Insane asylums Bombay 1873-77 - 1873-1877
Year: 1873
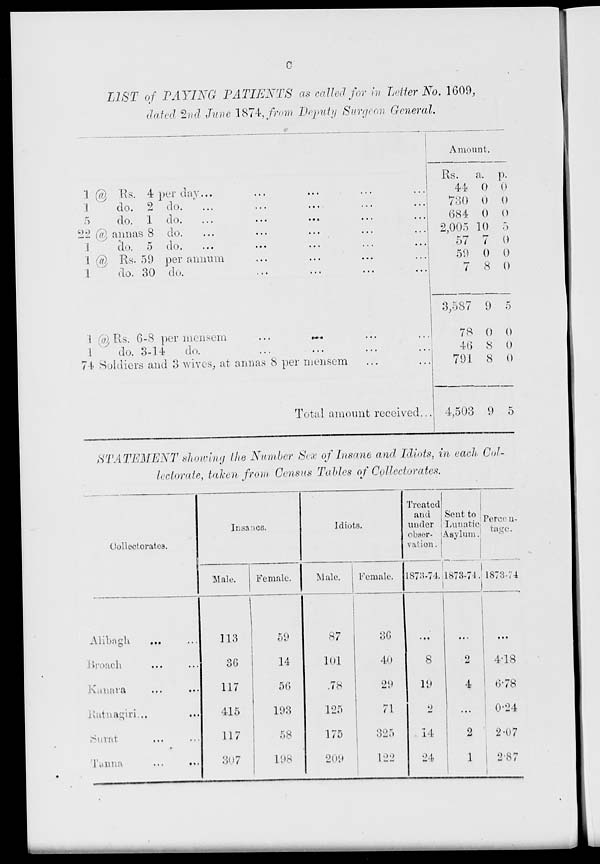
C
LIST of PAYING PATIENTS
as called for in Letter No. 1609,
dated 2nd June 1874, from Deputy Surgeon General.
1 @ Rs. 4 per day
...
...
...
...
...
1
do. 2 do.
...
...
...
...
...
5
do. 1 do. ... ... ... ... ...
22 @ annas 8
do.
...
...
...
...
...
1
do. 5 do. ... ... ... ... ...
1 @ Rs. 59 per annum ... ... ... ...
1
do. 30 do. ... ... ... ...
1 @ Rs. 6-8 per mensem ... ... ... ...
1
do. 3-14
do. ... ... ... ...
74 Soldiers and 8 wives, at annas 8 per mensem
Total amount received ...
Amount.
Rs.
44
730
684
2,005
57
59
7
3,587
78
46
791
4,503
a.
0
0
0
10
7
0
8
9
0
8
8
9
p.
0
0
0
5
0
0
0
5
0
0
0
5
STATEMENT showing the Number Sex of Insane and Idiots, in each Col-
lectorate, taken from Census Tables of Collectorates.
Collectorates.
Alibagh ... ...
Broach ... ...
Kanara ... ...
Rantnagiri ... ...
Surat ... ...
Tanna ... ...
Insanes.
Male.
113
36
117
415
117
307
Female.
59
14
56
193
58
198
Idiots.
Male.
87
101
78
125
175
209
Female.
36
40
29
71
325
122
Treated
and
under
observation.
1873-74.
...
8
19
2
14
24
Sent to
Lunatic
Asylum.
1873-74.
...
2
4
...
2
1
Percentage.
1873-74.
...
4.18
6.78
0.24
2.07
2.87